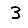
Digit: 3